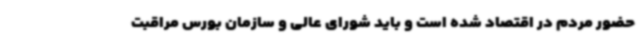
حضور مردم در اقتصاد شده است و باید شورای عالی و سازمان بورس مراقبت